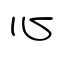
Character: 心